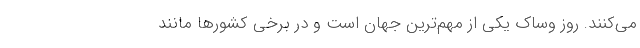
می‌کنند. روز وساک یکی از مهم‌ترین جهان است و در برخی کشورها مانند